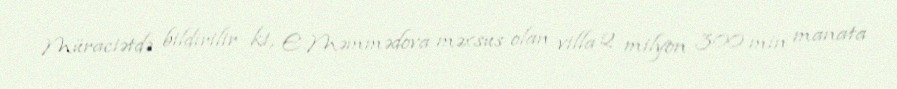
Müraciətdə bildirilir ki, E.Məmmədova məxsus olan villa 2 milyon 300 min manata